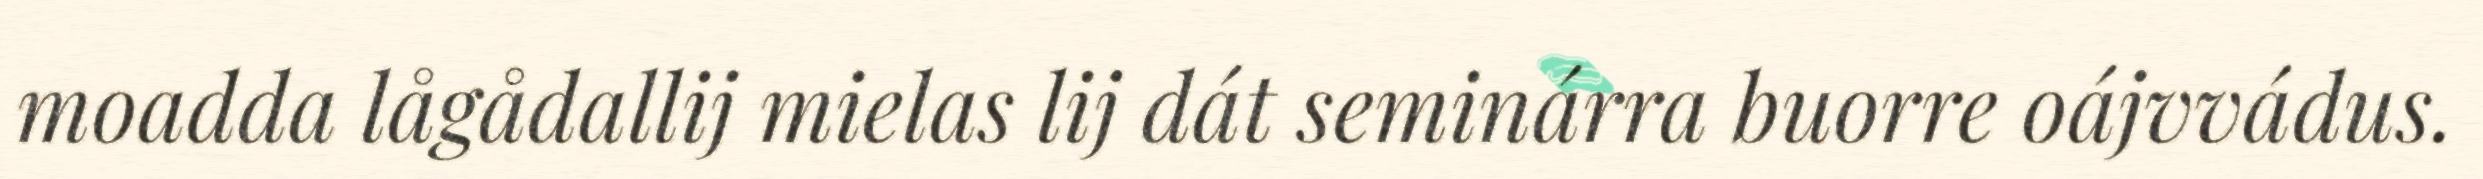
moadda lågådallij mielas lij dát seminárra buorre oájvvádus.